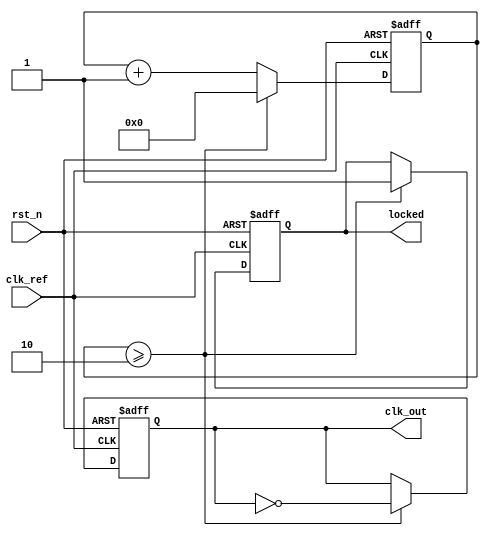
module dual_loop_pll (
    input wire clk_ref,            // Reference clock input
    input wire rst_n,             // Active low reset
    output reg clk_out,           // Output clock
    output reg locked              // Lock indicator
);

    // Parameters
    parameter N = 4;              // Frequency division factor for inner loop
    parameter M = 2;              // Frequency division factor for outer loop
    parameter FREQ_STEP = 1;      // VCO frequency step

    // States
    reg [31:0] phase_error;       // Phase error signal
    reg [31:0] control_voltage;    // Control voltage for VCO
    reg [31:0] vco_output;         // VCO output frequency
    reg [31:0] inner_loop_counter; // Counter for inner loop
    reg [31:0] outer_loop_counter; // Counter for outer loop

    // Phase Detector
    always @(posedge clk_ref or negedge rst_n) begin
        if (!rst_n) begin
            phase_error <= 0;
        end else begin
            // Compare phase of clk_out and clk_ref (simple XOR for phase difference)
            phase_error <= (clk_out ^ clk_ref) ? phase_error + 1 : phase_error;
        end
    end

    // Loop Filter (Simple integrator)
    always @(posedge clk_ref or negedge rst_n) begin
        if (!rst_n) begin
            control_voltage <= 0;
        end else begin
            control_voltage <= control_voltage + phase_error; // Integrate phase error
        end
    end

    // Voltage-Controlled Oscillator (VCO)
    always @(posedge clk_ref or negedge rst_n) begin
        if (!rst_n) begin
            vco_output <= 0;
            clk_out <= 0;
        end else begin
            // Adjust frequency based on control voltage
            vco_output <= vco_output + control_voltage * FREQ_STEP;
            clk_out <= (outer_loop_counter >= M) ? ~clk_out : clk_out; // Generate clock
        end
    end

    // Frequency Divider (Inner loop)
    always @(posedge clk_out or negedge rst_n) begin
        if (!rst_n) begin
            inner_loop_counter <= 0;
        end else begin
            if (inner_loop_counter >= N) begin
                inner_loop_counter <= 0; // Reset counter
            end else begin
                inner_loop_counter <= inner_loop_counter + 1;
            end
        end
    end

    // Frequency Divider (Outer loop)
    always @(posedge clk_ref or negedge rst_n) begin
        if (!rst_n) begin
            outer_loop_counter <= 0;
            locked <= 0;
        end else begin
            if (outer_loop_counter >= M) begin
                outer_loop_counter <= 0;
                locked <= 1; // Signal lock when outer loop completes
            end else begin
                outer_loop_counter <= outer_loop_counter + 1;
            end
        end
    end

endmodule